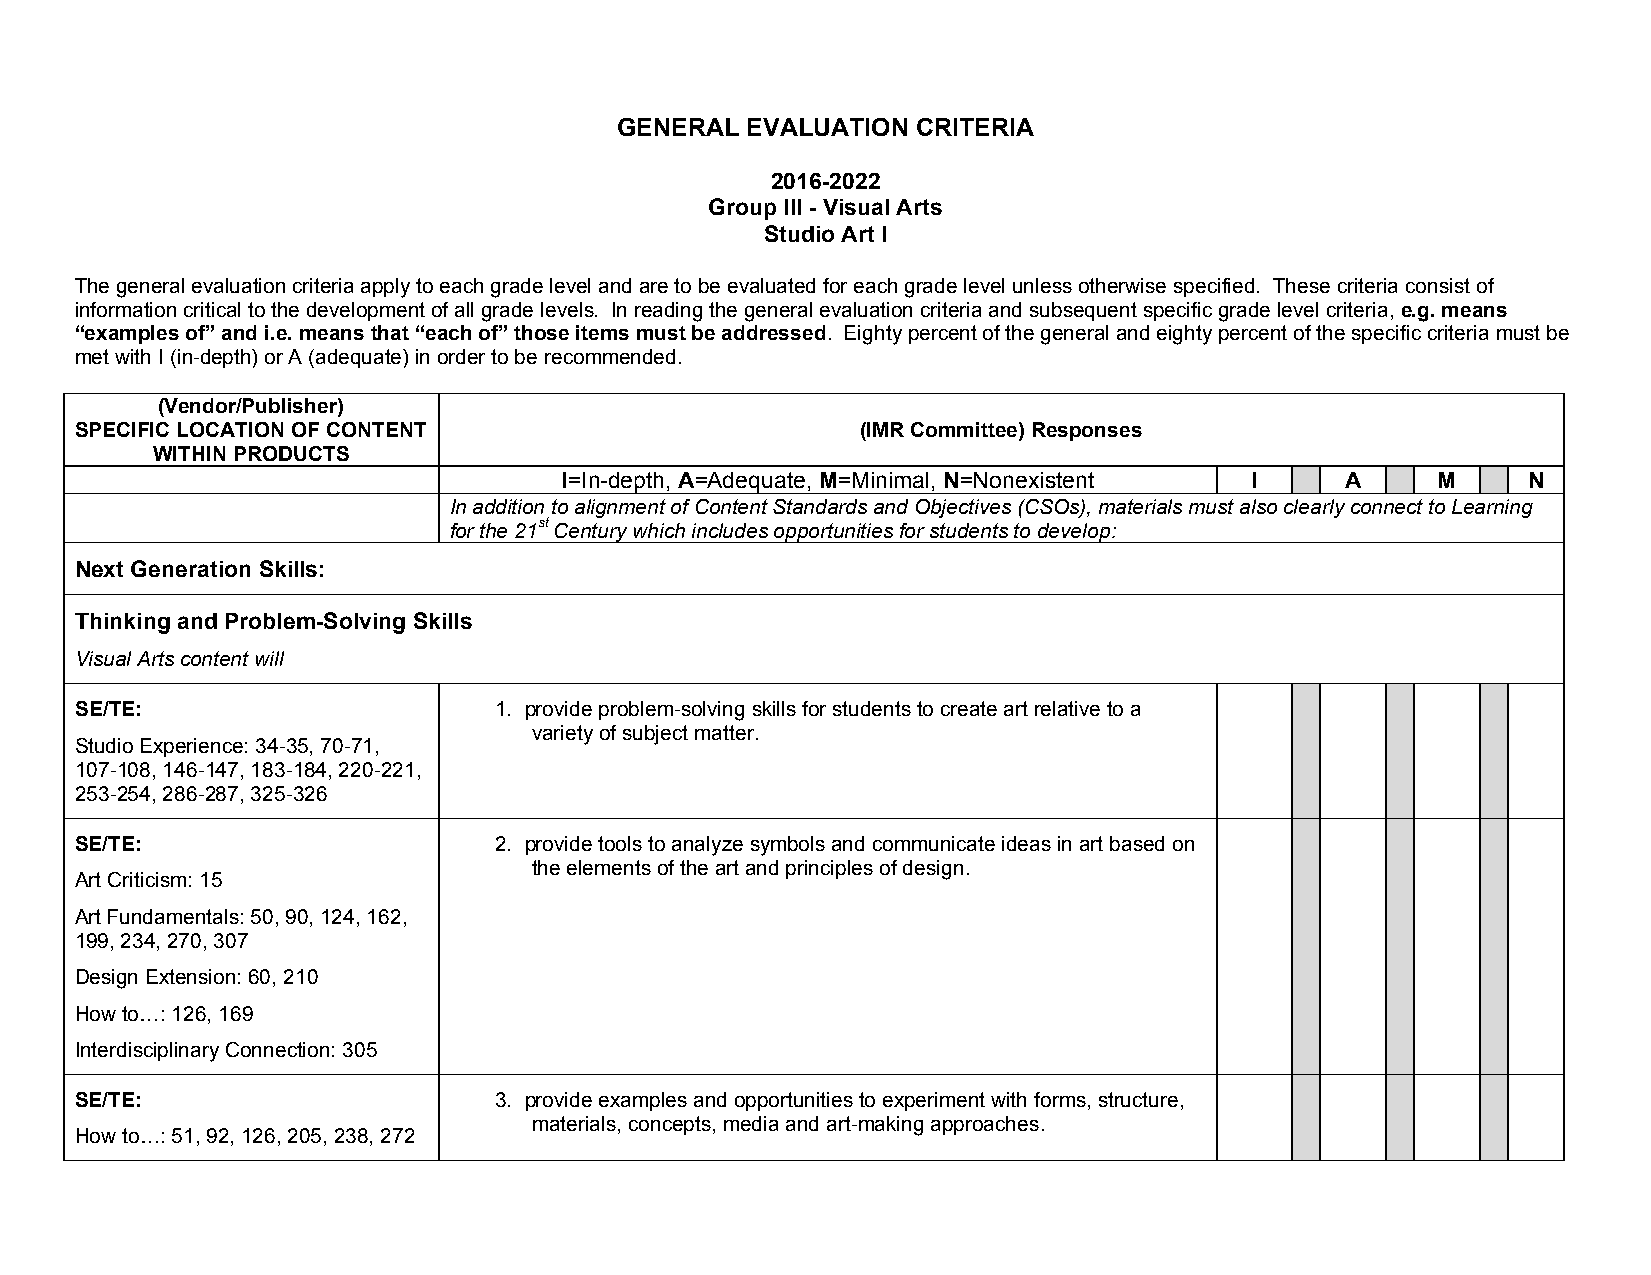
GENERAL EVALUATION  CRITERIA
 2016-2022
 Group III - Visual Arts
 Studio Art I
 The general evaluation criteria apply to each grade level and are to be evaluated for each grade level unless otherwise specified. These criteria consist of
 information critical to the development of all grade levels. In reading the general evaluation criteria and subsequent specific grade level criteria, e.g. means
 “examples of” and i.e. means that “each of” those items must be addressed. Eighty percent of the general and eighty percent of the specific criteria must be
 met with I (in-depth) or A (adequate) in order to be recommended.
 (Vendor/Publisher)
 SPECIFIC LOCATION OF CONTENT                        (IMR Committee) Responses
 WITHIN PRODUCTS
 I=In-depth, A=Adequate, M=Minimal, N=Nonexistent I  A     M     N
 In addition to alignment of Content Standards and Objectives (CSOs), materials must also clearly connect to Learning
 for the 21st Century which includes opportunities for students to develop:
 Next Generation Skills:
 Thinking and Problem-Solving Skills
 Visual Arts content will
 SE/TE:                      1. provide problem-solving skills for students to create art relative to a
 variety of subject matter.
 Studio Experience: 34-35, 70-71,
 107-108, 146-147, 183-184, 220-221,
 253-254, 286-287, 325-326
 SE/TE:                      2. provide tools to analyze symbols and communicate ideas in art based on
 the elements of the art and principles of design.
 Art Criticism: 15
 Art Fundamentals: 50, 90, 124, 162,
 199, 234, 270, 307
 Design Extension: 60, 210
 How to…: 126, 169
 Interdisciplinary Connection: 305
 SE/TE:                      3. provide examples and opportunities to experiment with forms, structure,
 materials, concepts, media and art-making approaches.
 How to…: 51, 92, 126, 205, 238, 272